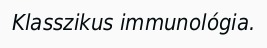
Klasszikus immunológia.